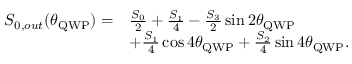
\begin{array} { r l } { S _ { 0 , o u t } ( \theta _ { \mathrm { Q W P } } ) = } & { \frac { S _ { 0 } } { 2 } + \frac { S _ { 1 } } { 4 } - \frac { S _ { 3 } } { 2 } \sin { 2 \theta _ { \mathrm { Q W P } } } } \\ & { + \frac { S _ { 1 } } { 4 } \cos { 4 \theta _ { \mathrm { Q W P } } } + \frac { S _ { 2 } } { 4 } \sin { 4 \theta _ { \mathrm { Q W P } } } . } \end{array}